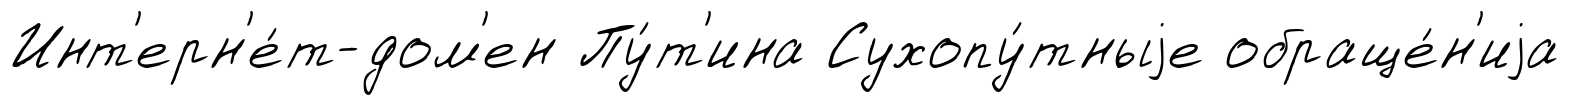
Инт'ерн'е́т-дом'ен Пу́т'ина Сухопу́тныjе обраще́н'иjа